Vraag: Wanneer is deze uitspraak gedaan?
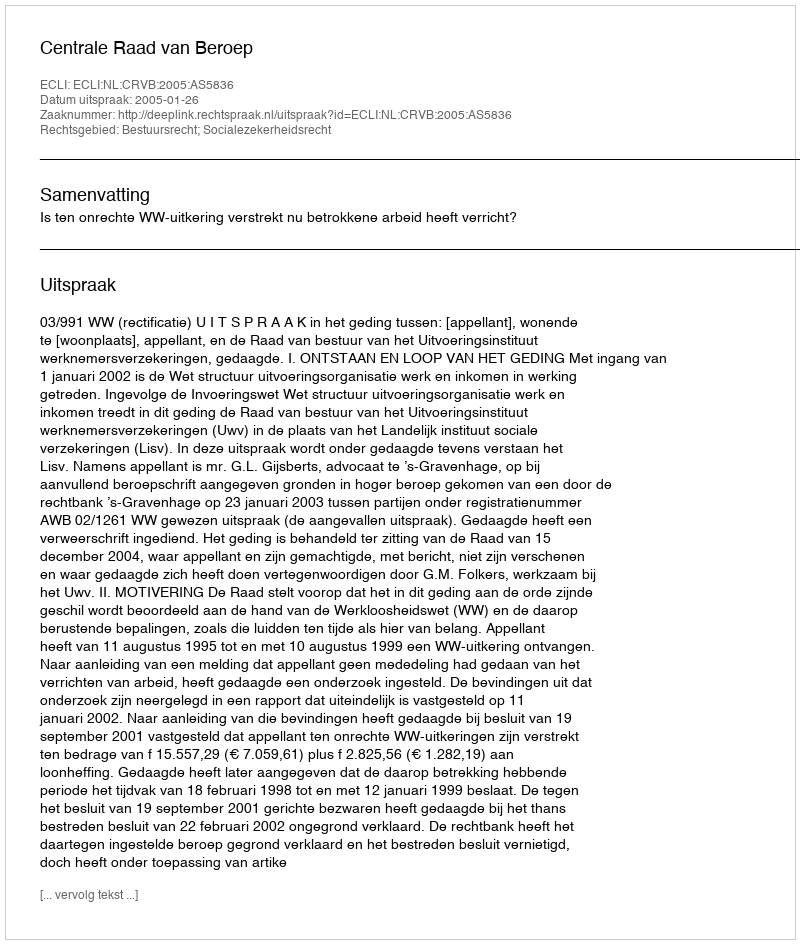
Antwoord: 2005-01-26